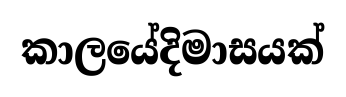
කාලයේදිමාසයක්